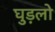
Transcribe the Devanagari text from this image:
घुड़लो